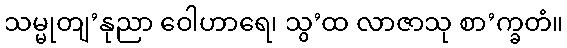
သမ္မုတျ’နုညာ ဝေါဟာရေ၊ သွ’ထ လာဇာသု စာ’က္ခတံ။